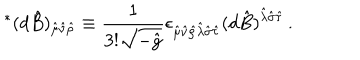
{ } ^ { * } ( d \hat { B } ) _ { \hat { \mu } \hat { \nu } \hat { \rho } } \equiv { \frac { 1 } { 3 ! { \sqrt { - { \hat { g } } } } } } \epsilon _ { \hat { \mu } \hat { \nu } \hat { \rho } \hat { \lambda } \hat { \sigma } \hat { \tau } } ( d \hat { B } ) ^ { \hat { \lambda } \hat { \sigma } \hat { \tau } } \, .